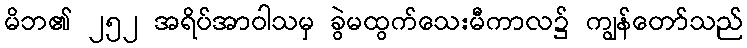
မိဘ၏ ၂၅၂ အရိပ်အာဝါသမှ ခွဲမထွက်သေးမီကာလ၌ ကျွန်တော်သည်